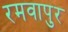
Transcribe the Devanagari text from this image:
रमवापुर